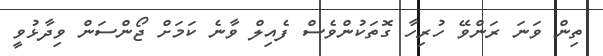
ތިން ވަނަ ރަންވޭ ހުރިހާ ގޮތަކުންވެސް ފެއިލް ވާނެ ކަމަށް ޖޯންސަން ވިދާޅުވީ